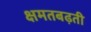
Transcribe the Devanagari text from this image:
क्षमतबढ़ती